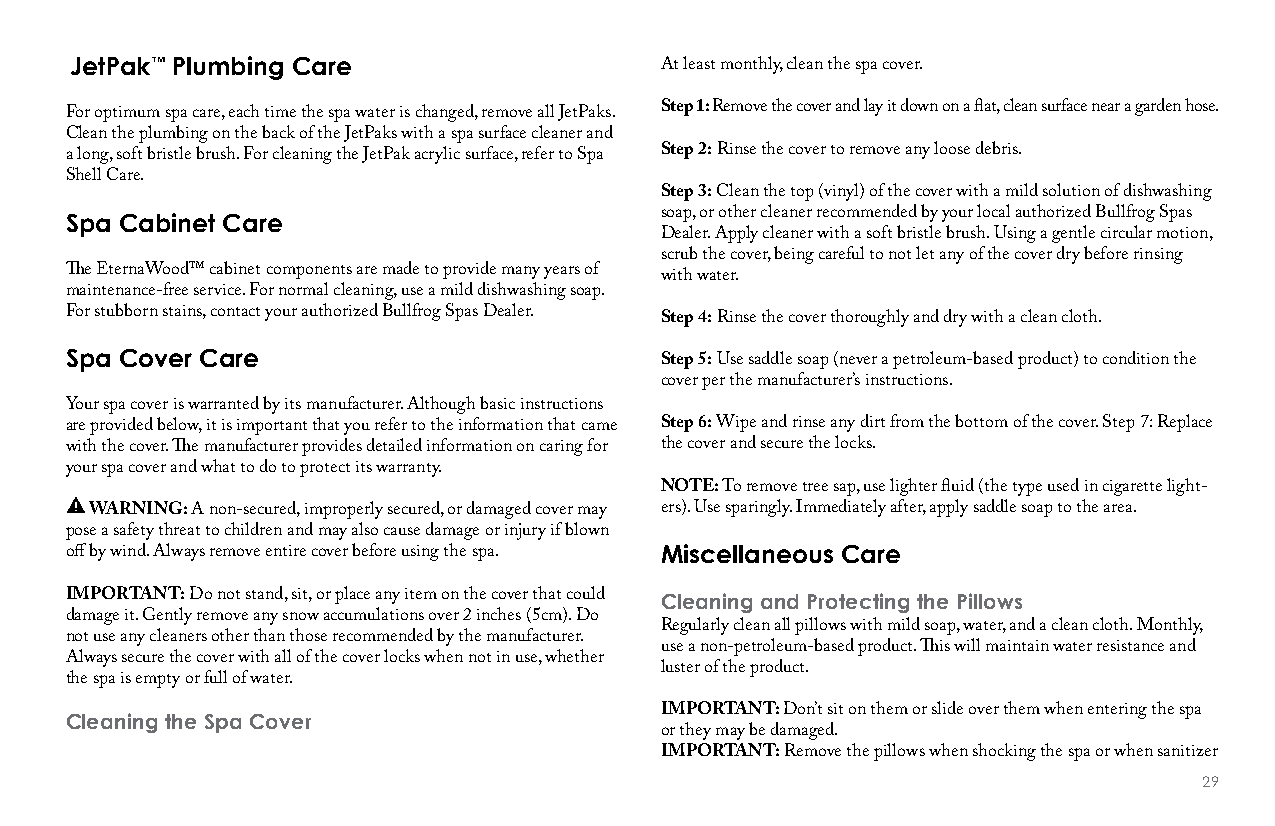
JetPak™ Plumbing Care
 At least monthly, clean the spa cover.
 For optimum spa care, each time the spa water is changed, remove all JetPaks. Step 1: Remove the cover and lay it down on a flat, clean surface near a garden hose.
 Clean the plumbing on the back of the JetPaks with a spa surface cleaner and
 a long, soft bristle brush. For cleaning the JetPak acrylic surface, refer to Spa Step 2: Rinse the cover to remove any loose debris.
 Shell Care.
 Step 3: Clean the top (vinyl) of the cover with a mild solution of dishwashing
 Spa Cabinet Care                        soap, or other cleaner recommended by your local authorized Bullfrog Spas
 Dealer. Apply cleaner with a soft bristle brush. Using a gentle circular motion,
 scrub the cover, being careful to not let any of the cover dry before rinsing
 The EternaWood™ cabinet components are made to provide many years of
 with water.
 maintenance-free service. For normal cleaning, use a mild dishwashing soap.
 For stubborn stains, contact your authorized Bullfrog Spas Dealer.
 Step 4: Rinse the cover thoroughly and dry with a clean cloth.
 Spa Cover Care
 Step 5: Use saddle soap (never a petroleum-based product) to condition the
 cover per the manufacturer’s instructions.
 Your spa cover is warranted by its manufacturer. Although basic instructions
 are provided below, it is important that you refer to the information that came Step 6: Wipe and rinse any dirt from the bottom of the cover. Step 7: Replace
 with the cover. The manufacturer provides detailed information on caring for the cover and secure the locks.
 your spa cover and what to do to protect its warranty.
 NOTE: To remove tree sap, use lighter fluid (the type used in cigarette light-
 WARNING: A non-secured, improperly secured, or damaged cover may ers). Use sparingly. Immediately after, apply saddle soap to the area.
 pose a safety threat to children and may also cause damage or injury if blown
 off by wind. Always remove entire cover before using the spa. Miscellaneous Care
 IMPORTANT: Do not stand, sit, or place any item on the cover that could Cleaning and Protecting the Pillows
 damage it. Gently remove any snow accumulations over 2 inches (5cm). Do
 Regularly clean all pillows with mild soap, water, and a clean cloth. Monthly,
 not use any cleaners other than those recommended by the manufacturer.
 use a non-petroleum-based product. This will maintain water resistance and
 Always secure the cover with all of the cover locks when not in use, whether
 luster of the product.
 the spa is empty or full of water.
 Cleaning the Spa Cover                  IMPORTANT: Don’t sit on them or slide over them when entering the spa
 or they may be damaged.
 IMPORTANT: Remove the pillows when shocking the spa or when sanitizer
 29